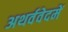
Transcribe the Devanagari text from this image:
अथर्ववेदमें